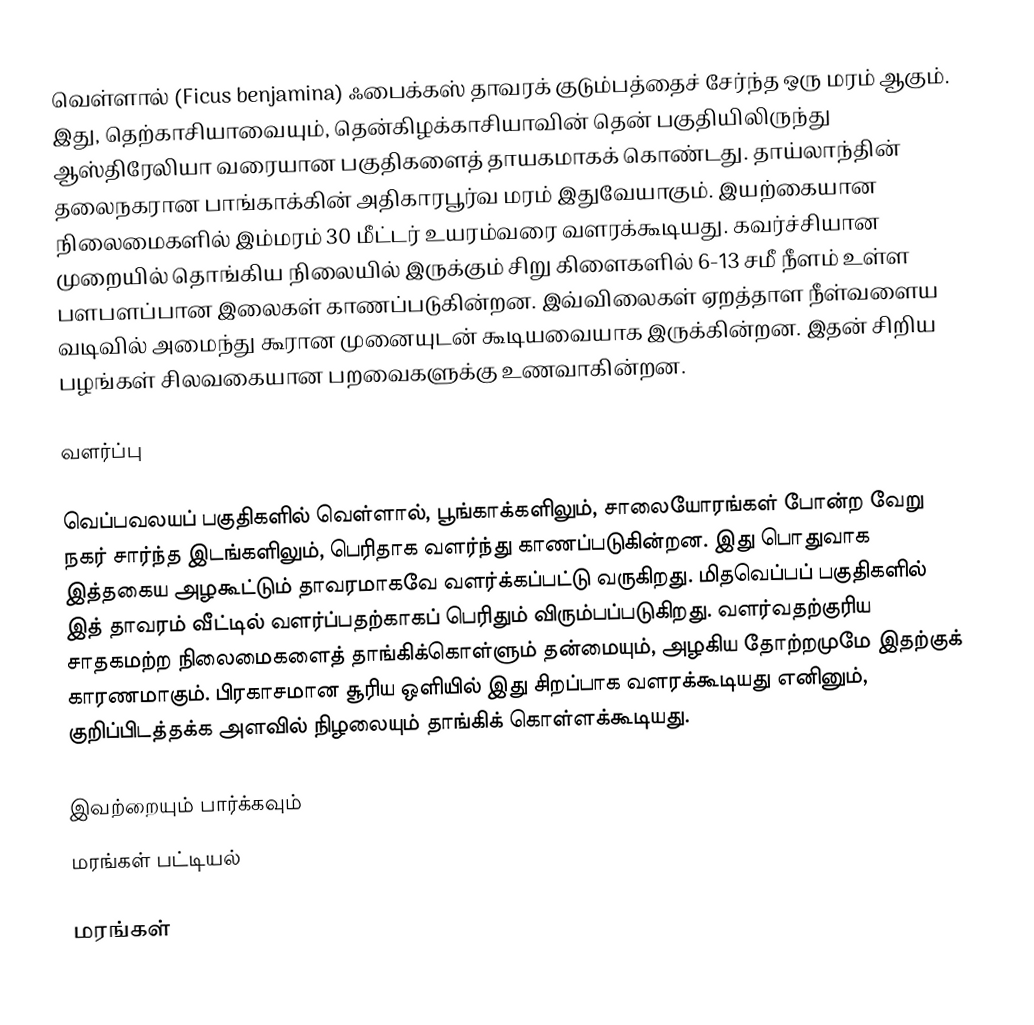
வெள்ளால் (Ficus benjamina) ஃபைக்கஸ் தாவரக் குடும்பத்தைச் சேர்ந்த ஒரு மரம் ஆகும். இது, தெற்காசியாவையும், தென்கிழக்காசியாவின் தென் பகுதியிலிருந்து ஆஸ்திரேலியா வரையான பகுதிகளைத் தாயகமாகக் கொண்டது. தாய்லாந்தின் தலைநகரான பாங்காக்கின் அதிகாரபூர்வ மரம் இதுவேயாகும். இயற்கையான நிலைமைகளில் இம்மரம் 30 மீட்டர் உயரம்வரை வளரக்கூடியது. கவர்ச்சியான முறையில் தொங்கிய நிலையில் இருக்கும் சிறு கிளைகளில் 6-13 சமீ நீளம் உள்ள பளபளப்பான இலைகள் காணப்படுகின்றன. இவ்விலைகள் ஏறத்தாள நீள்வளைய வடிவில் அமைந்து கூரான முனையுடன் கூடியவையாக இருக்கின்றன. இதன் சிறிய பழங்கள் சிலவகையான பறவைகளுக்கு உணவாகின்றன.

வளர்ப்பு

வெப்பவலயப் பகுதிகளில் வெள்ளால், பூங்காக்களிலும், சாலையோரங்கள் போன்ற வேறு நகர் சார்ந்த இடங்களிலும், பெரிதாக வளர்ந்து காணப்படுகின்றன. இது பொதுவாக இத்தகைய அழகூட்டும் தாவரமாகவே வளர்க்கப்பட்டு வருகிறது. மிதவெப்பப் பகுதிகளில் இத் தாவரம் வீட்டில் வளர்ப்பதற்காகப் பெரிதும் விரும்பப்படுகிறது. வளர்வதற்குரிய சாதகமற்ற நிலைமைகளைத் தாங்கிக்கொள்ளும் தன்மையும், அழகிய தோற்றமுமே இதற்குக் காரணமாகும். பிரகாசமான சூரிய ஒளியில் இது சிறப்பாக வளரக்கூடியது எனினும், குறிப்பிடத்தக்க அளவில் நிழலையும் தாங்கிக் கொள்ளக்கூடியது.

இவற்றையும் பார்க்கவும்
 மரங்கள் பட்டியல்

மரங்கள்